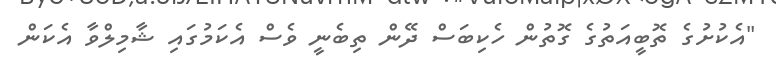
"އެކުށުގެ ތޮބީއަތުގެ ގޮތުން ހެކިބަސް ދޭން ތިބެނީ ވެސް އެކަމުގައި ޝާމިލްވާ އެކަން